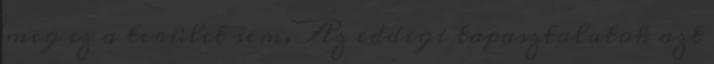
meg ez a terület sem. Az eddigi tapasztalatok azt